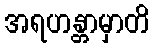
အရဟန္တာမှာတိ